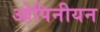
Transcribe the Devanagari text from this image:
ओपिनीयन